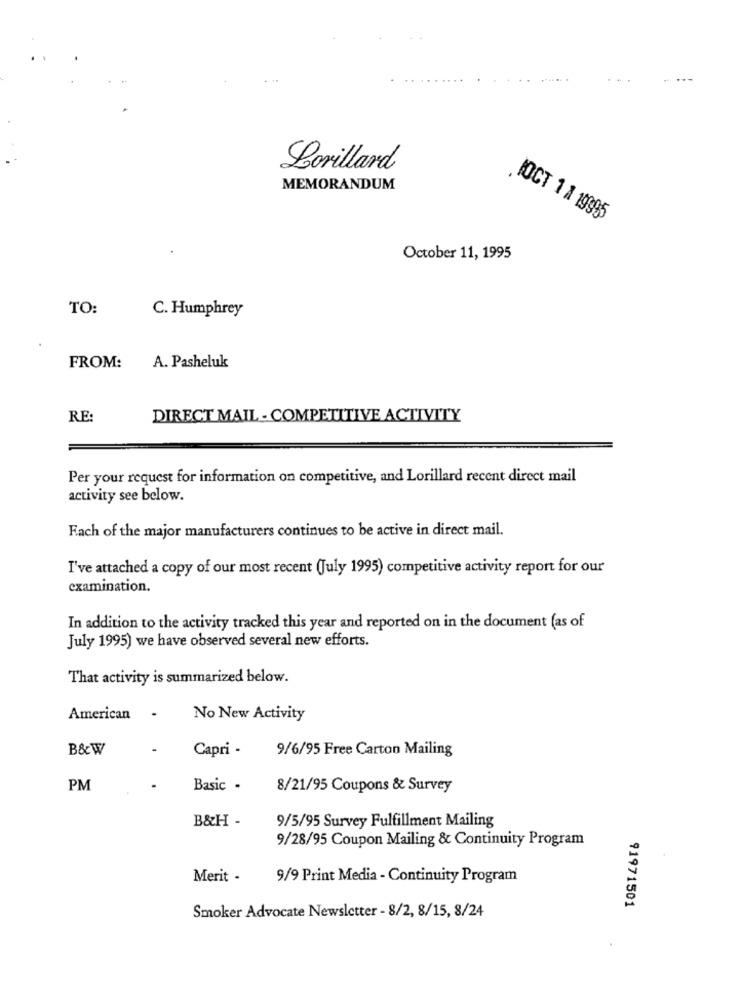
Lorillard
MEMORANDUM
IOCT 1 1 19995
October 11, 1995
TO:
C. Humphrey
FROM:
A. Pasheluk
RE:
DIRECT MAIL - COMPETITIVE ACTIVITY
Per your request for information on competitive, and Lorillard recent direct mail
activity see below.
Fach of the major manufacturers continues to be active in direct mail.
I've attached a copy of our most recent (July 1995) competitive activity report for our
examination.
In addition to the activity tracked this year and reported on in the document (as of
July 1995) we have observed several new efforts.
That activity is summarized below.
American
.
No New Activity
B&W
-
Capri -
9/6/95 Free Carton Mailing
PM
.
Basic -
8/21/95 Coupons & Survey
B&H -
9/5/95 Survey Fulfillment Mailing
9/28/95 Coupon Mailing & Continuity Program
Merit -
9/9 Print Media - Continuity Program
91971501
Smoker Advocate Newsletter - 8/2, 8/15, 8/24